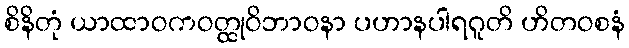
စိနိတုံ ယာထာဝကဝတ္ထုဝိဘာဝနာ ပဟာနပါရဂူတိ ဟိတဝစနံ